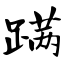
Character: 蹒